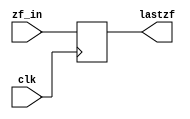
//zf.v
module zf(zf_in, clk, lastzf);
	input zf_in, clk;
	output lastzf;
	reg lastzf;

	always@(posedge clk)
		lastzf <= zf_in;

endmodule